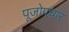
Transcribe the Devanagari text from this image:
पूजोपचार